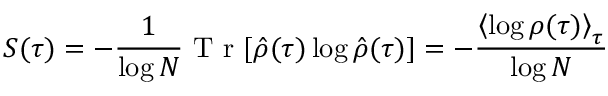
S ( \tau ) = - \frac { 1 } { \log N } \mathrm { ~ T ~ r ~ } [ \hat { \rho } ( \tau ) \log \hat { \rho } ( \tau ) ] = - \frac { \left< \log \rho ( \tau ) \right> _ { \tau } } { \log N }